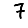
Digit: 7